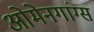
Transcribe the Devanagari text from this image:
ओमेनगांग्स